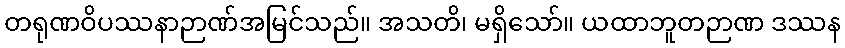
တရုဏဝိပဿနာဉာဏ်အမြင်သည်။ အသတိ၊ မရှိသော်။ ယထာဘူတဉာဏ ဒဿန